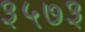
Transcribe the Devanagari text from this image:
३५७३